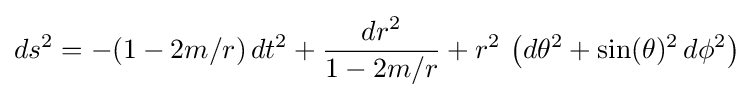
ds^{2}=-(1-2m/r)\,dt^{2}+{\frac {dr^{2}}{1-2m/r}}+r^{2}\,\left(d\theta ^{2}+\sin(\theta )^{2}\,d\phi ^{2}\right)